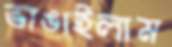
ভাঙাইলাম